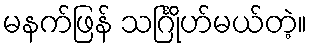
မနက်ဖြန် သင်္ဂြိုဟ်မယ်တဲ့။